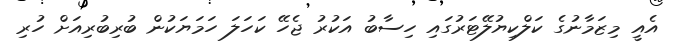
އެއީ މިޒަމާނުގެ ކަލްކިޔުލޭޓަރުގައި ހިސާބު އަކުރު ޖެހޭ ކަހަލަ ހަމަޔަކުން ބުރިބުރިއަށް ހުރި